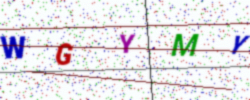
Text: WGYMY